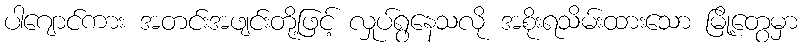
ပါဂျောင်ကား အတင်းအဖျင်းတို့ဖြင့် လှုပ်ရွနေသလို အစိုးရသိမ်းထားသော မြို့တွေမှာ